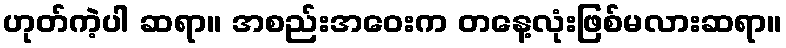
ဟုတ်ကဲ့ပါ ဆရာ။ အစည်းအဝေးက တနေ့လုံးဖြစ်မလားဆရာ။